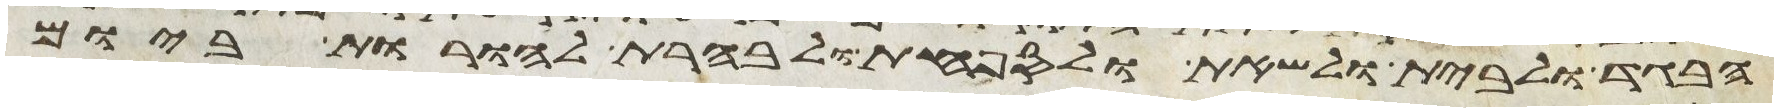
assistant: הבגד ולבית ולשאת ולספחת ולבהרת להורות ביום